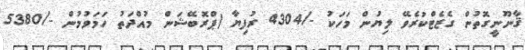
ޤާނޫނީގޮތުން ގެޒެޓްކުރެވޭ ލިޔުން މަހަކު -/4304 ރުފިޔާ (ޕްރޮބޭޝަން މުއްދަތު ހަމަވުމުން -/5380